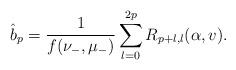
LaTeX: \begin{align*}\hat b_p=\frac1{f(\nu_-,\mu_-)}\sum_{l=0}^{2p}R_{p+l,l}(\alpha,v).\end{align*}